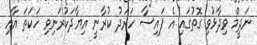
ނަދީމް ވިދާޅުވި ގޮތުގައި އެ ފައިސާ ހަރަދު ކުރާނީ އިޔާދަކުރަނިވި ހަކަތަ އާއި